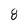
Character: 8